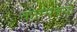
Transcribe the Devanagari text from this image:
कोम्पनयों